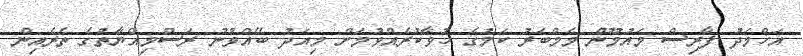
އަހްމަދު ފާރިސް މައުމޫން މެމްބަރު ކަމުގެ ހުވާކުރެއްވުމަށް މިއަދު ބޭއްވުނު ރަސްމިއްޔާތުގެ ތެރެއިން